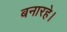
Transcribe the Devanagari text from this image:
बनारहे।